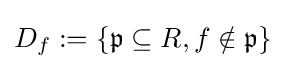
D_{f}:=\{{\mathfrak {p}}\subseteq R,f\notin {\mathfrak {p}}\}